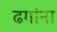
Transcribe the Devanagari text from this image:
ढगांना